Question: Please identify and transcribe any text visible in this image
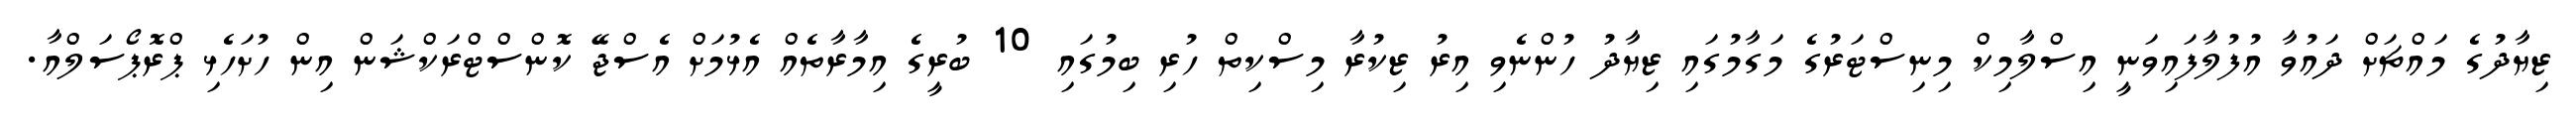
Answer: ޒިޔާދުގެ މައްޗަށް ދައުވާ އުފުލާފައިވަނީ އިސްލާމިކް މިނިސްޓަރުގެ މަގާމުގައި ޒިޔާދު ހުންނެވި އިރު ޒިކުރާ މިސްކިތް ހުރި ބިމުގައި 10 ބުރީގެ އިމާރާތެއް އެޅުމަށް އެސްޖޭ ކޮންސްޓްރަކްޝަން އިން ހުށަހެޅި ޕްރޮޕޯސަލްއާ.